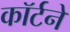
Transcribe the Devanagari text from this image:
कॉर्टने